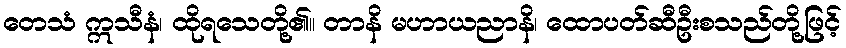
တေသံ ဣသီနံ၊ ထိုရသေတို့၏။ တာနိ မဟာယညာနိ၊ ထောပတ်ဆီဦးစသည်တို့ဖြင့်